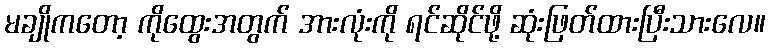
မချိုကတော့ ကိုထွေးအတွက် အားလုံးကို ရင်ဆိုင်ဖို့ ဆုံးဖြတ်ထားပြီးသားလေ။